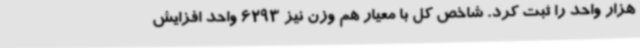
هزار واحد را ثبت کرد. شاخص کل با معیار هم وزن نیز 6293 واحد افزایش